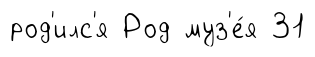
род'илс'я Род муз'е́я 31